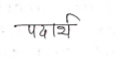
मजकूर: पदार्थ